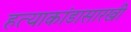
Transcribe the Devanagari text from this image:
हत्याकांडासारखी